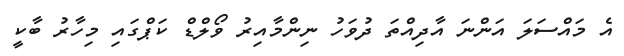
އެ މައްސަލަ އަންނަ އާދިއްތަ ދުވަހު ނިންމާއިރު ވޯލްޑް ކަޕްގައި މިހާރު ބާކީ